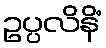
ဥပ္ပလိနိံ